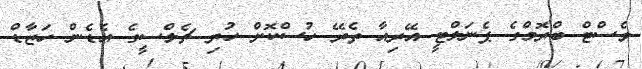
ވެސްޓް ބްރޮމްގެ ޕެނަލްޓީ އޭރިއާ ތެރޭ ހުސްކޮށް ހުރި ޗެލްސީގެ އެޑެން ހަޒާޑް